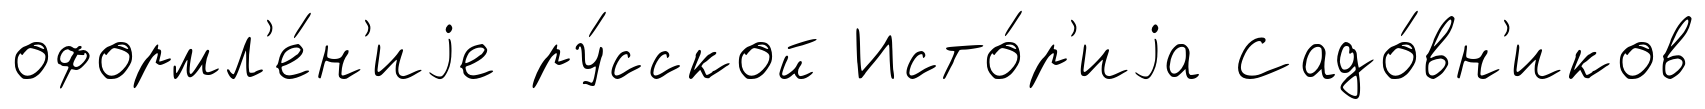
оформл'е́н'иjе ру́сской Исто́р'иjа Садо́вн'иков